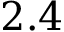
2 . 4